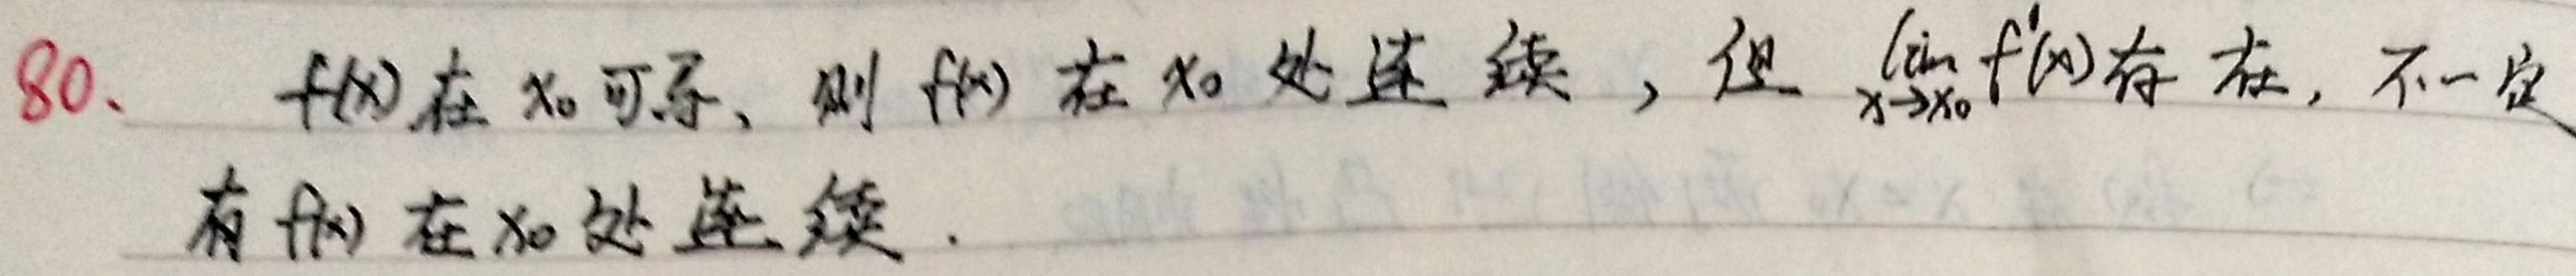
80. \(f(x)\) 在 \(x_0\) 可导，则 \(f(x)\) 在 \(x_0\) 处连续，但 \(\lim_{x \to x_0} f'(x)\) 存在，不一定有 \(f(x)\) 在 \(x_0\) 处连续.